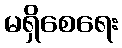
မရှိစေရေး